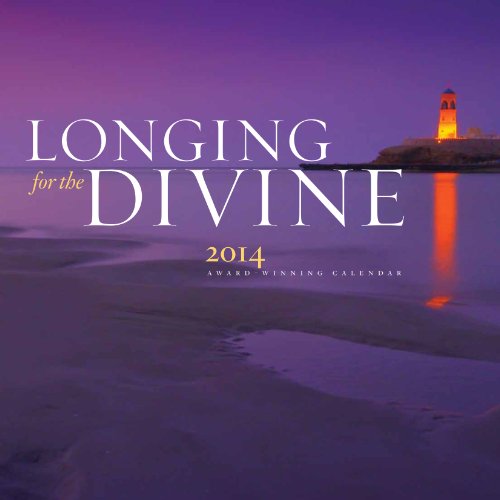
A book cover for Longing for the Divine 2014 Wall Calendar (Spiritual / Inspirational Quotes + Breathtaking Photography) - Rumi, Hafiz, Chisti, and More; Calendars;